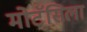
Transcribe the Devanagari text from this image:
मोटॅसिला